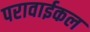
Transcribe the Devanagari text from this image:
परावाईकल